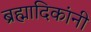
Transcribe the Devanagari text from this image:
ब्रह्मादिकांनी